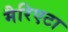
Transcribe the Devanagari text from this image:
मैरिएटा